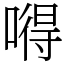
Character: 嘚